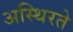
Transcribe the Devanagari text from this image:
अस्थिरते